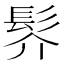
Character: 䯰